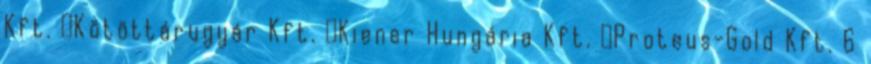
Kft. ▪Kötöttárugyár Kft. ▪Kiener Hungária Kft. ▪Proteus-Gold Kft. 6